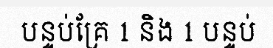
បន្ទប់គ្រែ 1 និង 1 បន្ទប់